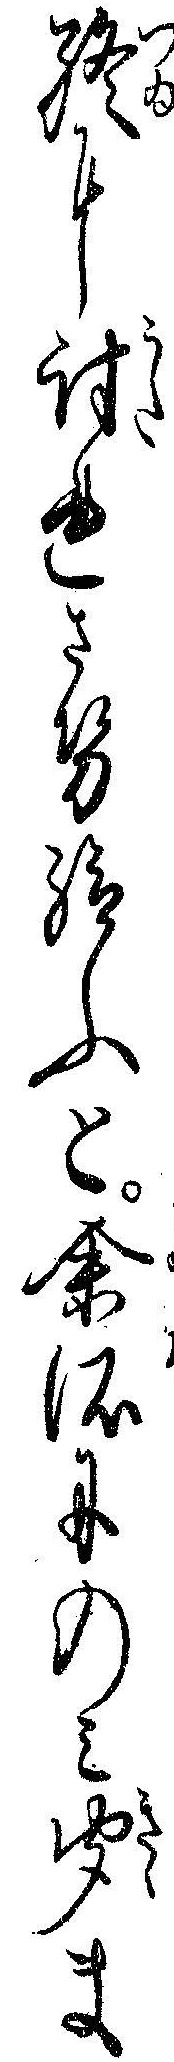
終に討れさせ給ふと余所にのミ聞ま